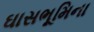
ઘાસભૂમિના